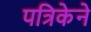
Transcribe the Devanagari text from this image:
पत्रिकेने